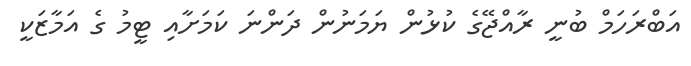
އަބްރަހަމް ބުނީ ރާއްޖޭގެ ކުޅުން ޔަމަނުން ދަންނަ ކަމަށާއި ޓީމު ގެ އަމާޒަކީ